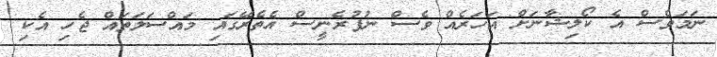
ނަމަވެސް އެ ކޯލިޝާނަށް އަހަރެއް ވެސް ނުފުރެނީސް އެތެރޭގައި މައްސަލަތައް ޖެހި އެކި